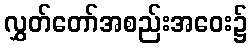
လွှတ်တော်အစည်းအဝေး၌